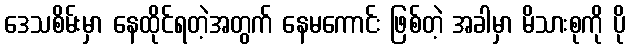
ဒေသစိမ်းမှာ နေထိုင်ရတဲ့အတွက် နေမကောင်း ဖြစ်တဲ့ အခါမှာ မိသားစုကို ပို